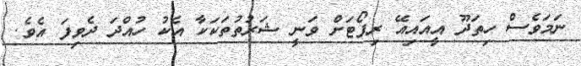
ނަމަވެސް ހިތަދޫ އީއައިއޭ ރިޕޯޓަށް ވަނީ ޝަރުތުތަކަކާ އެކު ހުއްދަ ދެވިފަ އެވެ.